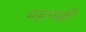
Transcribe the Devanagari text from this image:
महामहीं